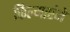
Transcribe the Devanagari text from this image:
फिल्माएंगे